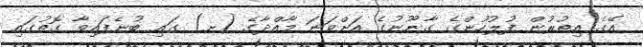
އޭގެ އިތުރުން ފުލުހުންގެ ގާނޫނުގެ އަށްވަނަ މާއްދާގެ (ށ) ގައި ބުނެފައިވާ ގޮތުގައި